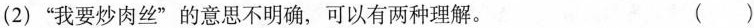
2)”我要炒肉丝”的意思不明确，可以有两种理解。 ( )